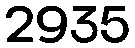
2935